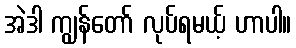
အဲဒါ ကျွန်တော် လုပ်ရမယ့် ဟာပါ။